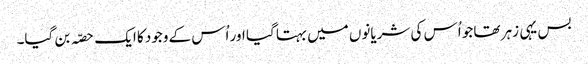
بس یہی زہر تھا جو اُس کی شریانوں میں بہتا گیا اور اُس کے وجود کا ایک حصّہ بن گیا۔